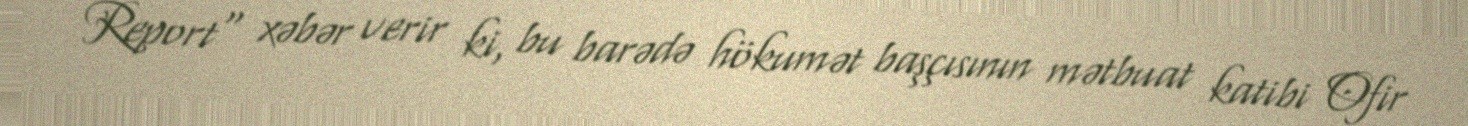
Report" xəbər verir ki, bu barədə hökumət başçısının mətbuat katibi Ofir